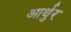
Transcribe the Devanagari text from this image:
आर्थुर